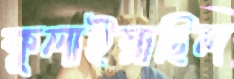
কুলাইয়াছিল